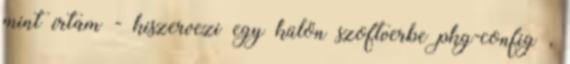
mint írtam - kiszervezi egy külön szoftverbe pkg-config ,